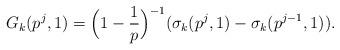
LaTeX: \begin{align*} G_{k}(p^{j},1) = \Big(1-\frac{1}{p} \Big)^{-1}( \sigma_{k}(p^{j},1) - \sigma_{k}(p^{j-1},1)). \end{align*}